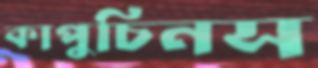
কাপুচিনস